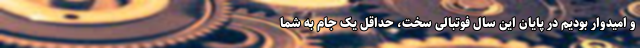
و امیدوار بودیم در پایان این سال فوتبالی سخت، حداقل یک جام به شما